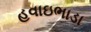
હવાઇભાડા